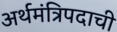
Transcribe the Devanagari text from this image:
अर्थमंत्रिपदाची